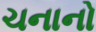
ચનાનો